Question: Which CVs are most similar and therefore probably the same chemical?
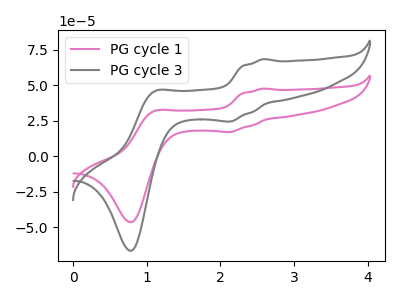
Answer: <think>The pink curve "PG cycle 1" has anodic peaks at (2.60V, 47.70uA) (1.10V, 31.75uA) and cathodic peaks at (2.15V, 17.10uA) (0.80V, -46.45uA). The gray curve "PG cycle 3" has anodic peaks at (2.60V, 68.40uA) (1.10V, 45.55uA) and cathodic peaks at (2.15V, 24.50uA) (0.80V, -66.60uA).
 All the peaks in "PG cycle 1" have a peak in "PG cycle 3" at the same potential.</think>
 <answer>"PG cycle 1" and "PG cycle 3" have the same shape and are likely CV's of the same chemical.</answer>
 <eval>"PG cycle 1" "PG cycle 3"</eval>